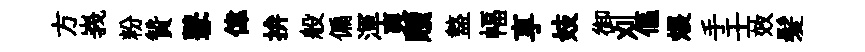
方峩粉贊鼕偉拚般偏渾爽贖盩幅享妓御刈傴煨手壬效髪